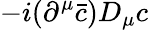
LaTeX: -i(\partial^{\mu}{\bar{c}})D_{\mu}c